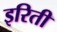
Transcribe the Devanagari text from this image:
इरिती